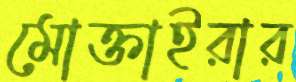
মোক্তাইরার